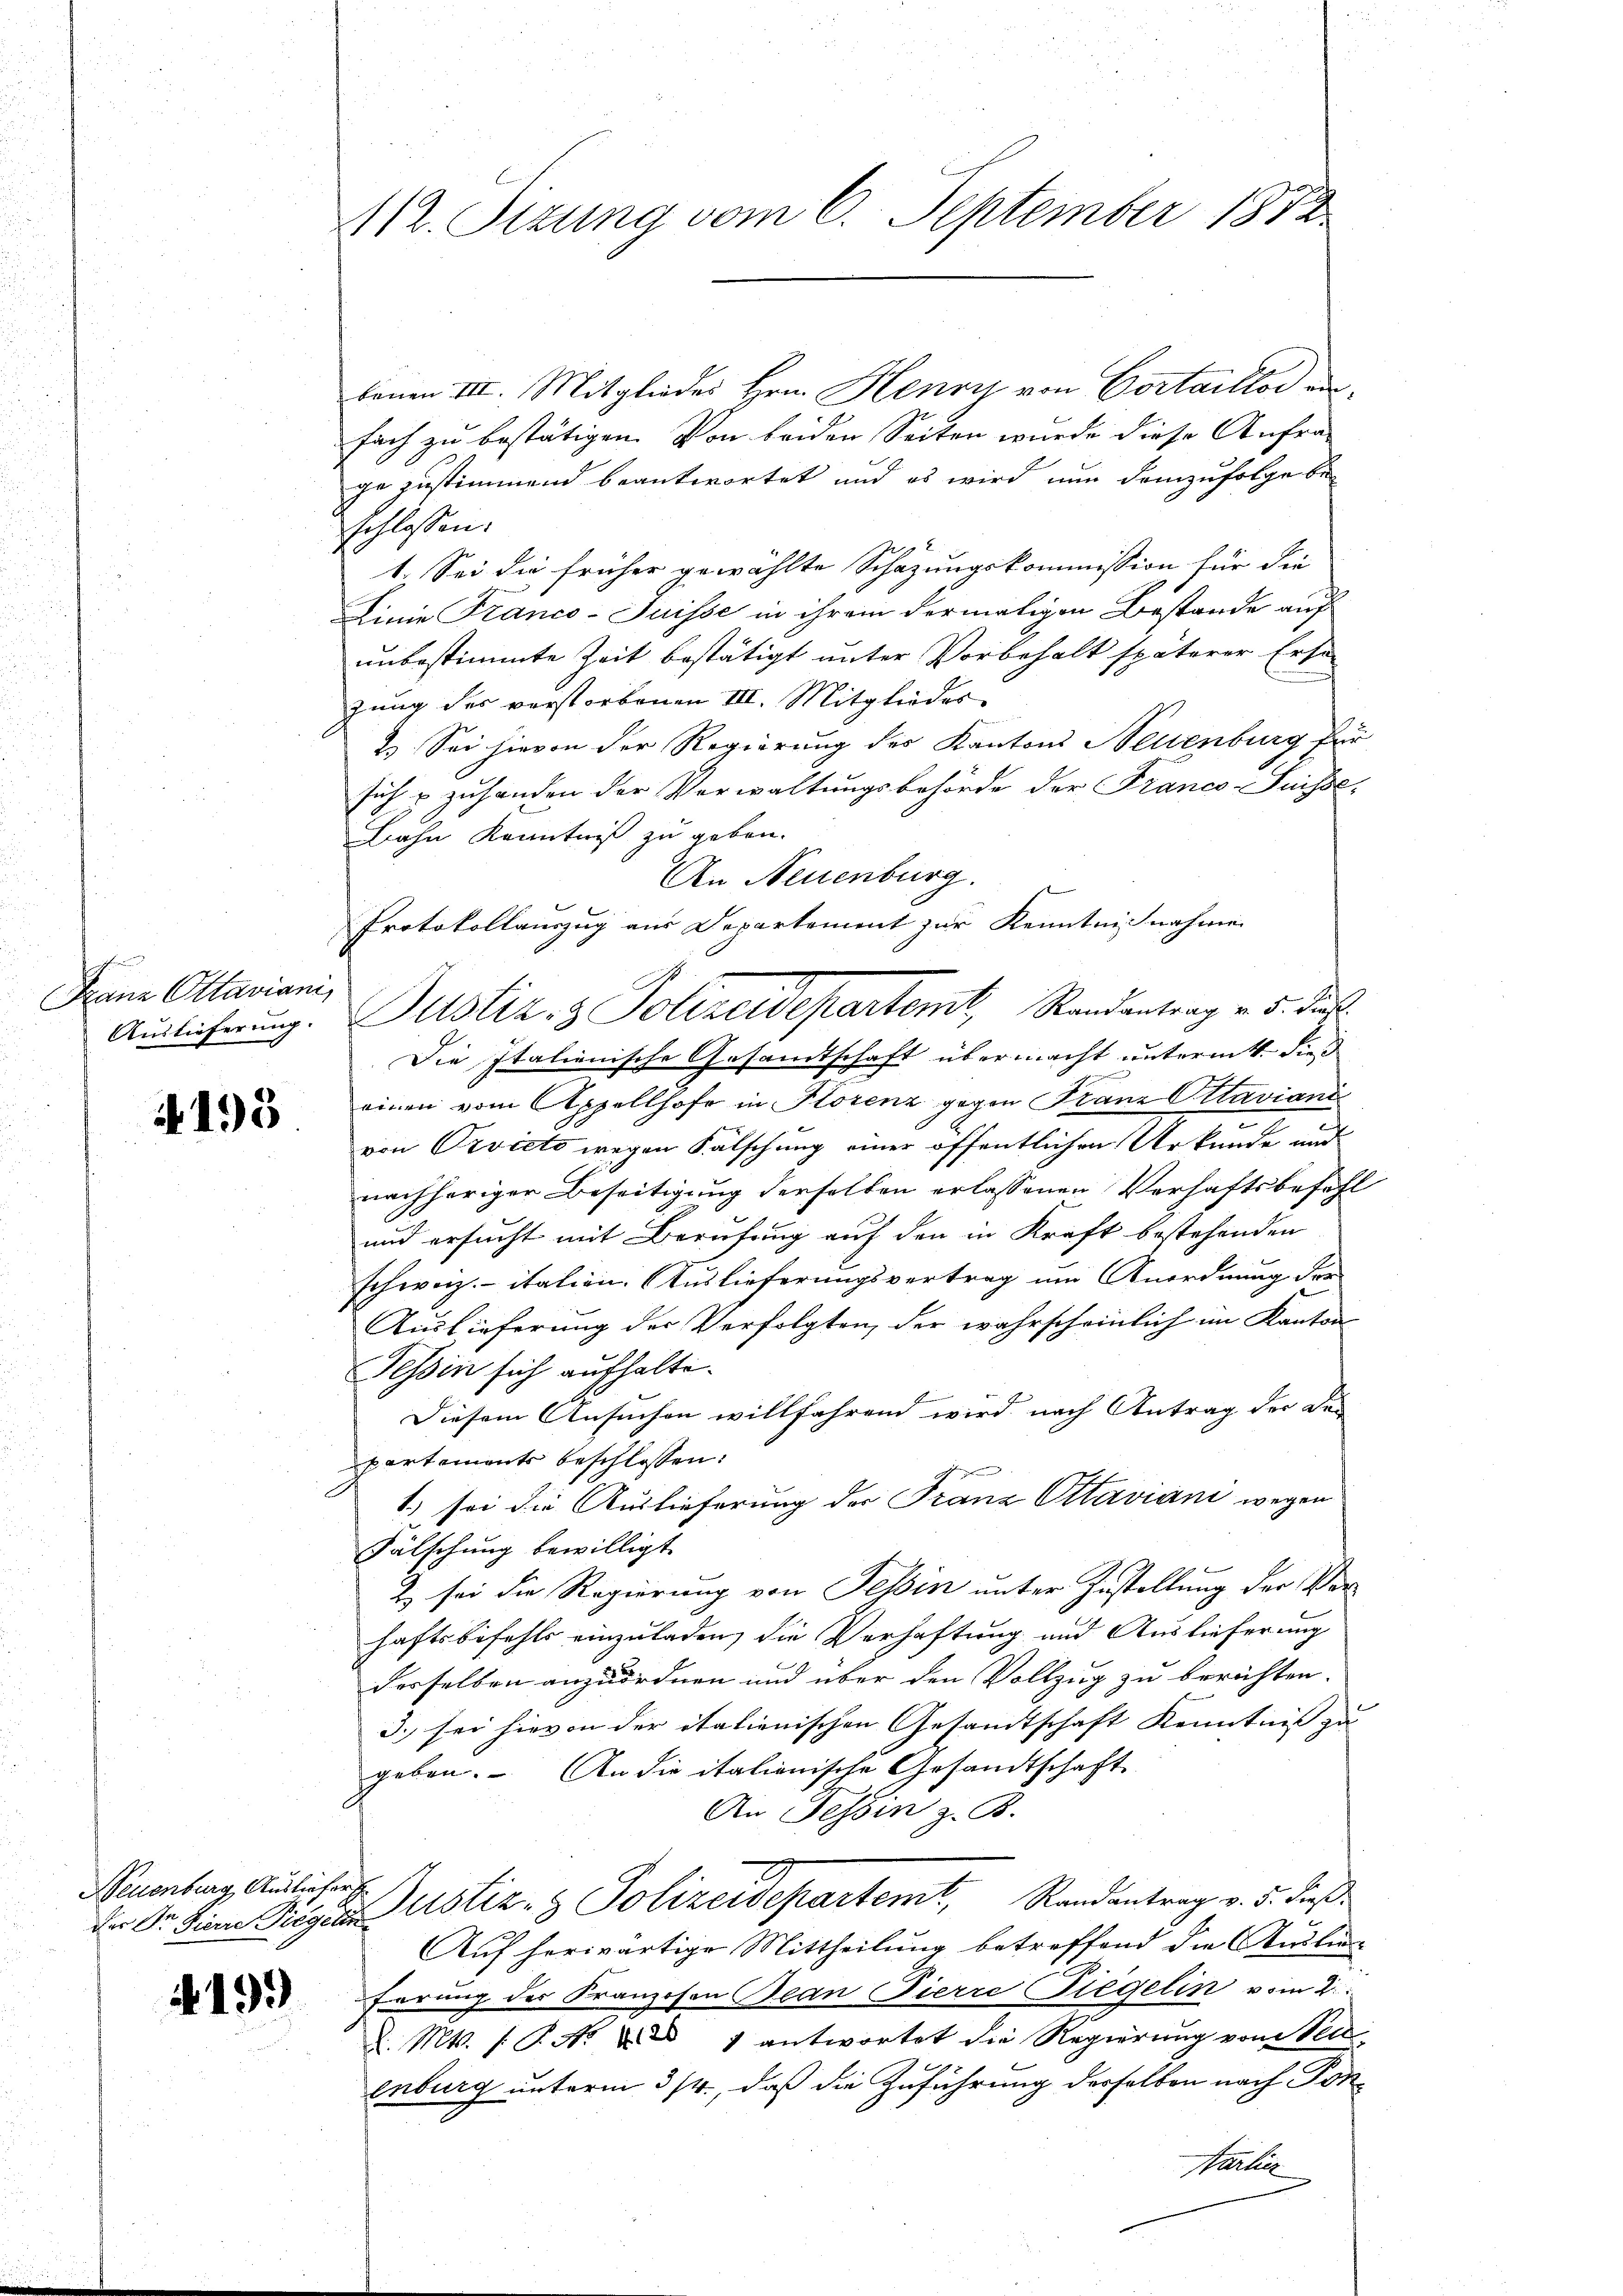
Franz Ottaviani,
Auslieferung.

4195

benen III. Mitgliedes Hrn. Henry von Portaillod in
fach zu bestätigen. Von beiden Seiten wurde diese Anfra-
ge zustimmend beantwortet und es wird nun demzufolge be-
schlossen.
1. Sei die früher gewählte Schazungskommission für die
Linie Franco-Suisse in ihrem dermaligen Bestande auf
unbestimmte Zeit bestätigt unter Vorbehalt späterer Ersa
zung des verstorbenen III. Mitgliedes
2.) Sei hievon der Regierung des Kantons Neuenburg für
such u zuhanden der Verwaltungsbehörde der Franco-Suisse,
Bahn Kenntniß zu geben.
An Neuenburg.
Protokollauszug aus Departement zur Kenntnißnahme
Die Italienische Gesandtschaft übermacht untermitt. dies
einen vom Appellhofe in Florenz gegen Franz Ottaviani
von Orviets wegen Fälschung einer öffentlichen Urkunde und
nachheriger Beseitigung derselben erlassenen Verhaftsbefehl
und ersucht mit Berufung auf den in Kraft bestehenden
schweiz. italien. Auslieferungsvertrag um Anordnung der
Auslieferung der Verfolgten, der wahrscheinlich im Kanton
Tessin sich aufhalte.
Diesem Ansuchen willfahrend wird nach Antrag der den
partements beschlossen:
1) sei die Auslieferung der Franz Ottaviani wegen
Fälschung bewilligt.
Z. sei die Regierung von Tessin unter Zustellung der Verhaftsbefehls einzuladen, die Verhaftung und Auslieferung
derselben anzuordnen und über den Vollzug zu berichten.
3. sei hievon der italienischen Gesandtschaft Kenntniß zu
geben. An die italionische Gesandtschaft
An Tessin z. B.
da Sr. Eine Regien Astiz- & Polizeidepartemt, Randantrag v. 5. daß
Auf herwärtige Mittheilung betreffend die Auslien-
ferung des Franzosen Bean Pierre Siegelin vom 2.
d. Mts. 1. P. N. V 1 antwortet die Regierung vom Ver
enburg unterm 3/4., daß die Zuführung derselben nach Pon¬
Karte

Neuenburg Ausliefer

193

412. Sizung vom 6. September 1872

Justiz- & Polizeidepartemt, Standentrag v. 5. Juch.